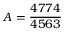
A = \frac { 4 7 7 4 } { 4 5 6 3 }